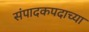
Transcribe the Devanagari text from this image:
संपादकपदाच्या